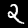
Digit: 2